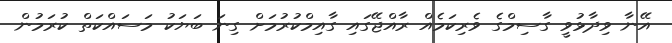
އޭނާ ވިދާޅުވީ ގާސިމްގެ ވެރިކަމެއް ރާއްޖޭގައި ގާއިމްކުރުމަށް ގިނަ ބަޔަކު މަސައްކަތް ކުރަމުން